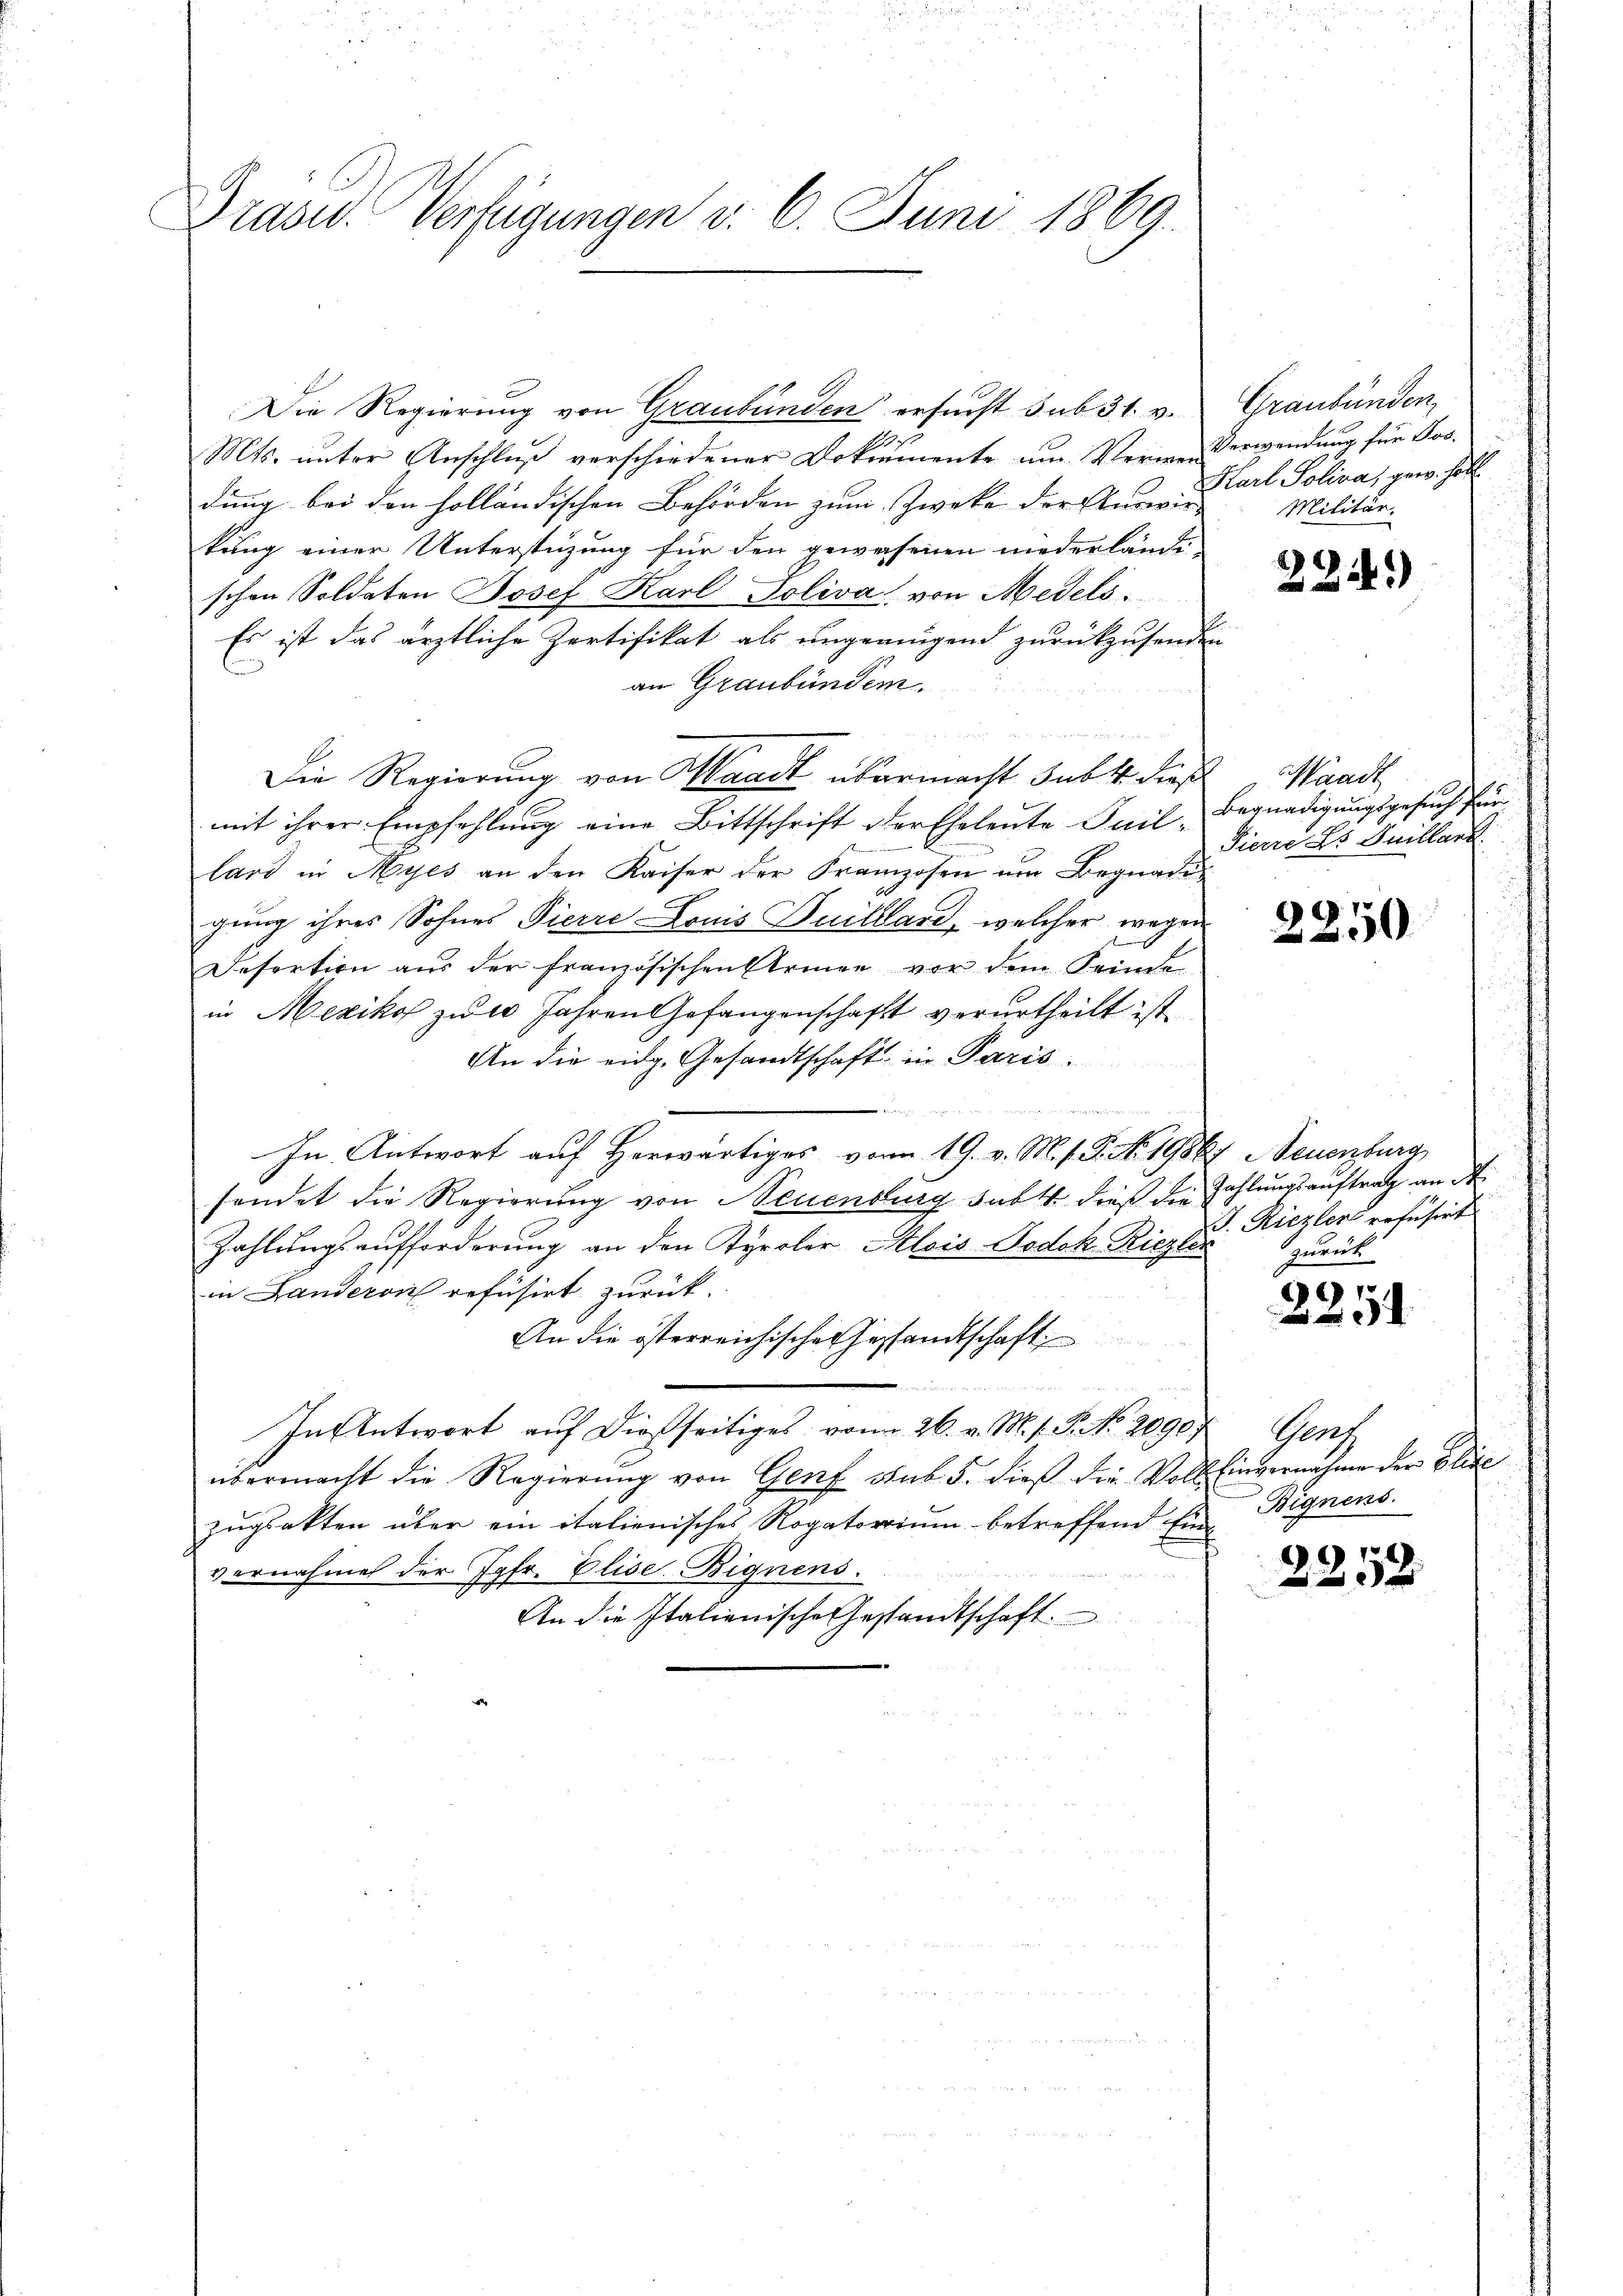
Prasid. Verfügungen v. 6. Juni 1869.

Die Regierung von Graubünden ersucht sub 31. v. Graubünden,
1s.
Mts. unter Anschluß verschiedener Dokumente um Verwei Verwendung für Jos.
dung bei den holländischen Behörden zum Zwecke der Auswir-
kung einer Unterstüzung für den gewesenen niederländi-
schen Soldaten Josef Karl Soliva, von Medels¬
Es ist das ärztliche Zertifikat als ungennigend zurückzusenden
an Graubünden.
Die Regierung von Waadt übermacht subt diese
mit ihrer Empfehlung eine Bittschrift der Eheleute Juil-Begnadigungsgesuch für
lard in Myes an den Kaiser der Franzosen um Begnadigung ihres Sohnes Pierre Louis Juilllard, welcher wegen
Besortion aus der französischen Erinne vor dem Feinde
in Mexiko zu er Jahren Gefangenschaft verurtheilt ist.
An die eidg. Gesandtschaft in Paris
n
In Antwort auf Herwärtiges vom 19. v. M. f. P. No. 19867, Neuenburg
sendet die Regierung von Neuenburg subst dieß die Zahlungsauftrag an d
Zahlungsaufforderung an den Tyroler Alois Podok. Riegler
in Landeron refusirt zurück.
An die österreichische Gesandtschaft
In Antwort auf dießseitiges vom 26. v. M. s. P. No. 2090.
übermacht die Regierŭng von Genf sub 5. dieß die Voll Einvernahme der Elise
zugsakten über ein italienisches Rogatorium betreffend Ein-
vernahme der Jgfr. Elise-Bignens.
An die Italienische Gestandtschaft.

Karl Poliva, gew. soll
Militär.

2)
224)

Waadt
Pierre 25 Juillard

2250

. Riezler refusert
zurück

2254

Gatz
Bignens.

2212